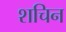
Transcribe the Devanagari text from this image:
शचिन